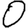
Digit: 0